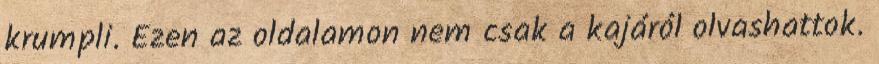
krumpli. Ezen az oldalamon nem csak a kajáról olvashattok.